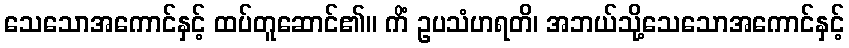
သေသောအကောင်နှင့် ထပ်တူဆောင်၏။ ကိံ ဥပသံဟရတိ၊ အဘယ်သို့သေသောအကောင်နှင့်